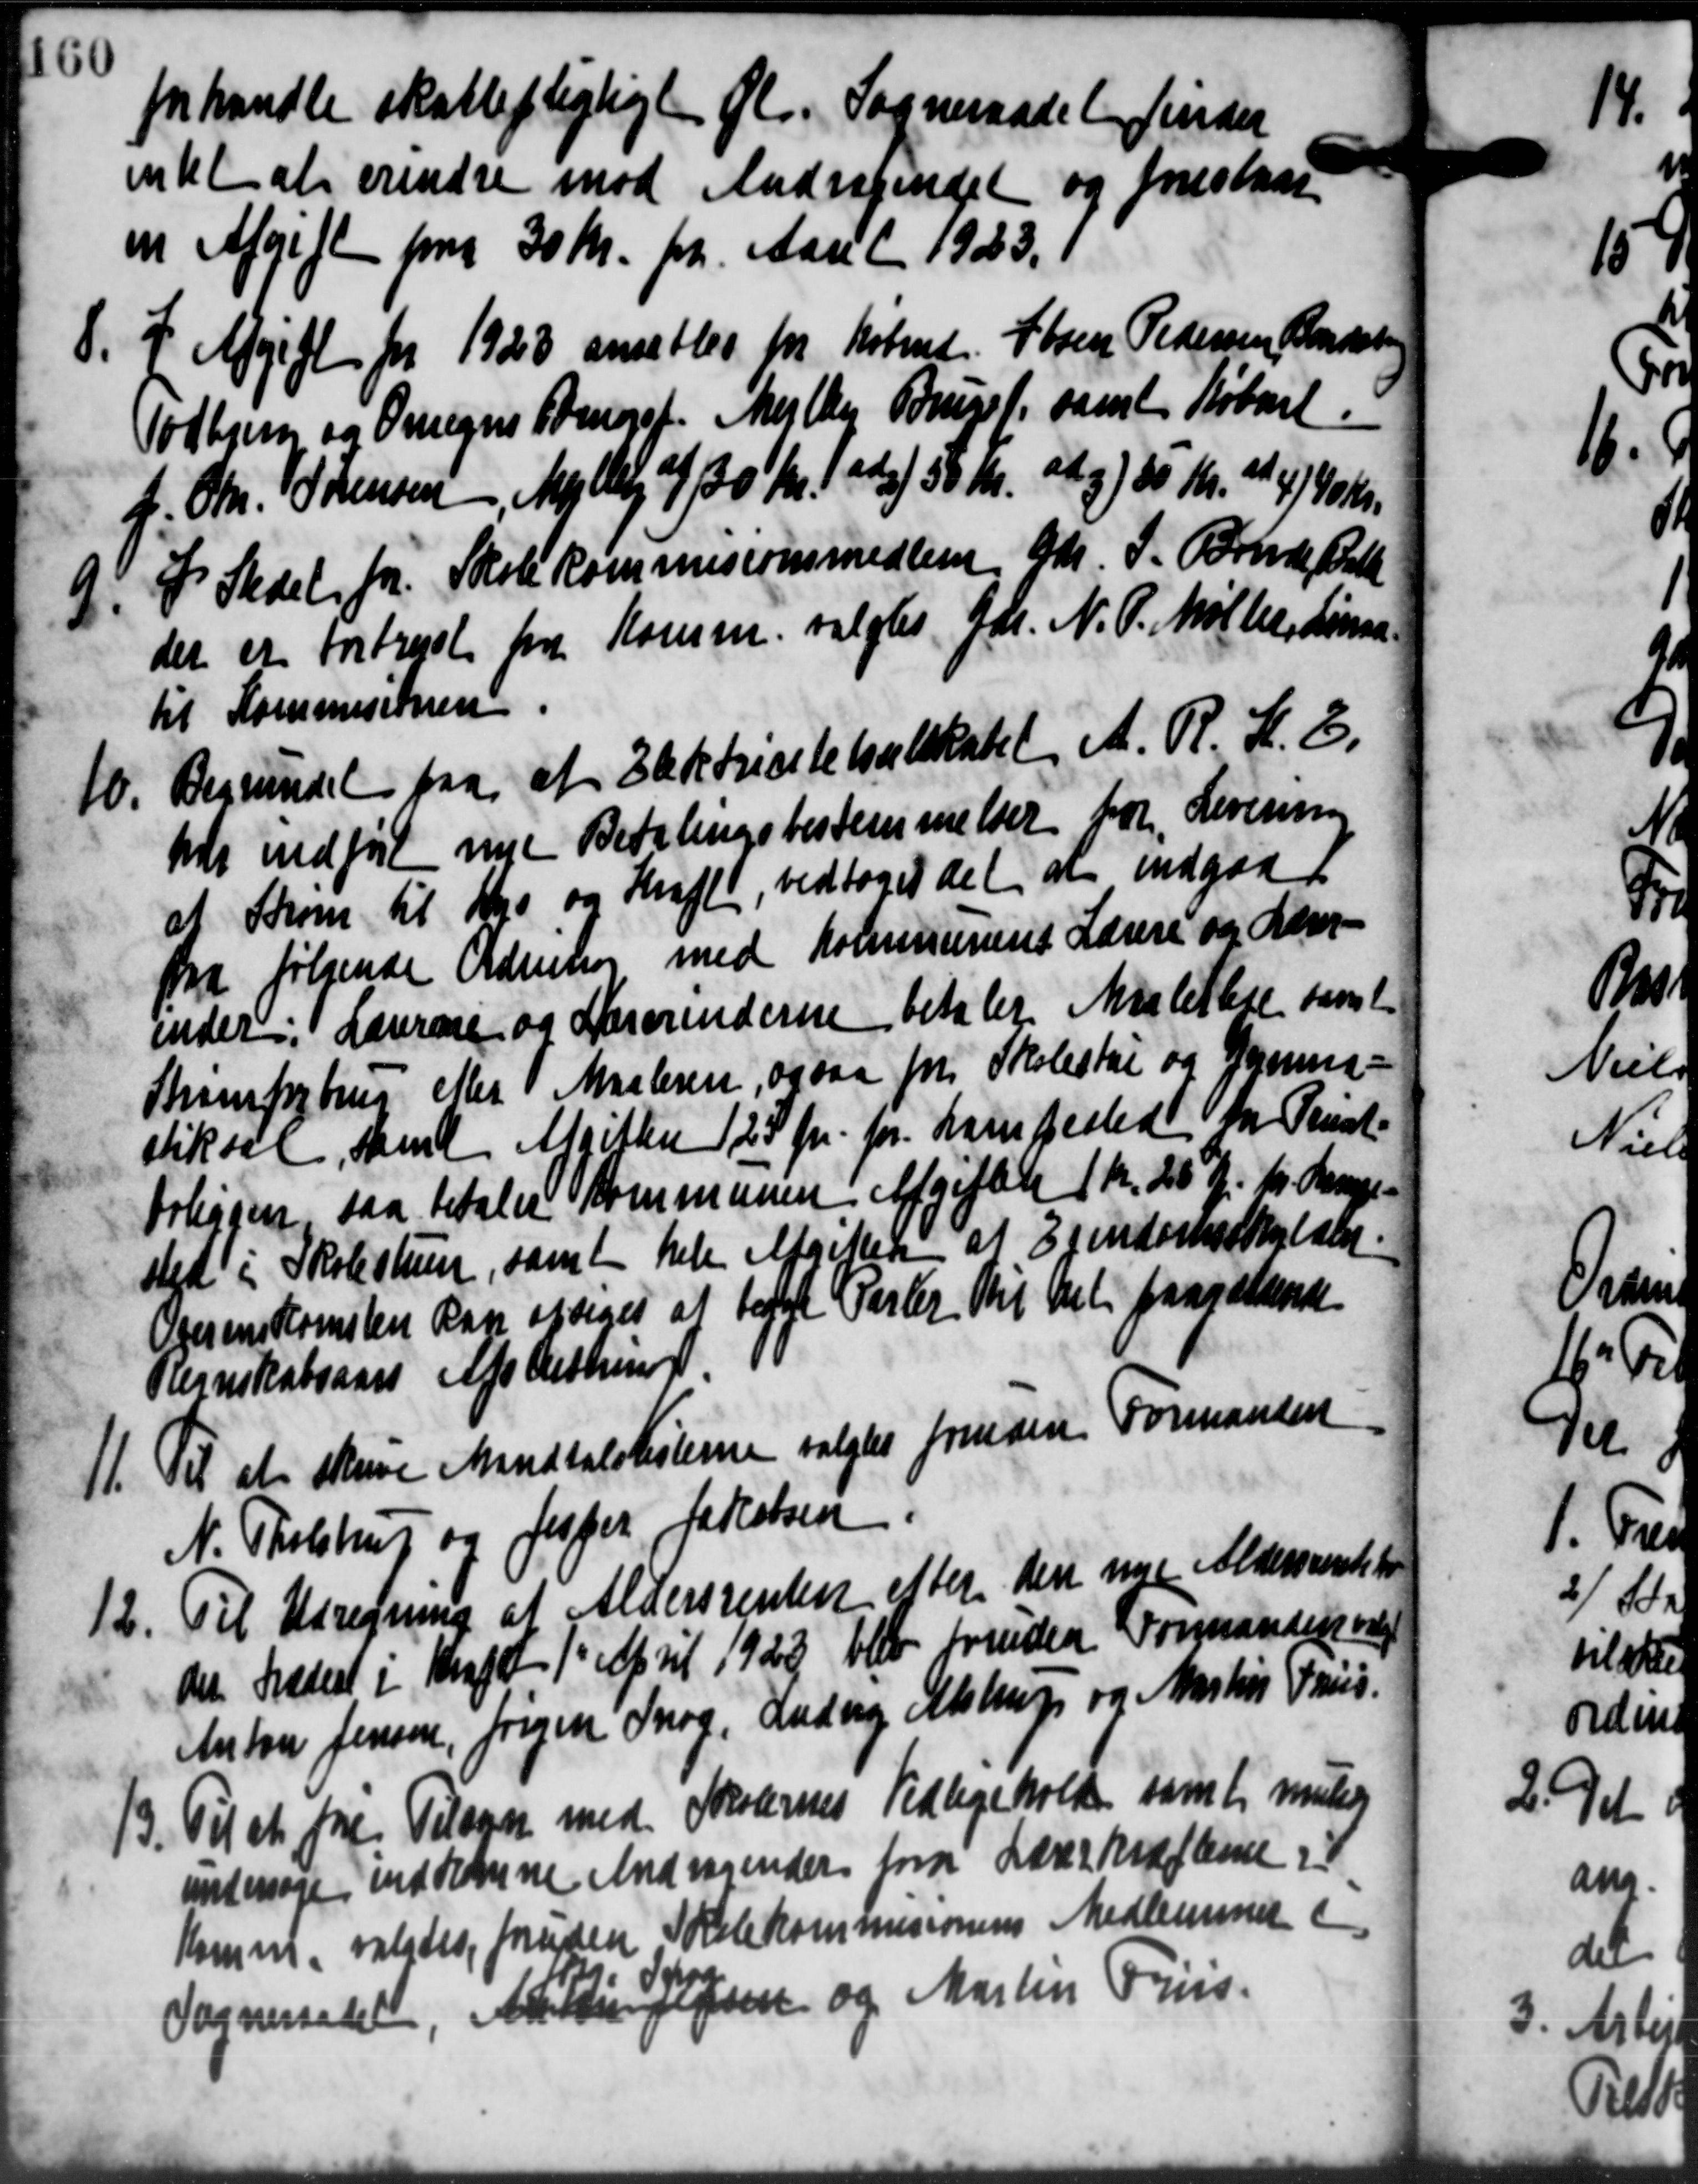
Transskription:
forhandle skattepligtigt gl. Sogneraadet finder
intet at erindre mod Andragendet og forestaae
en Afgift paa 30 Kr. fra Aaret 1923. 1
8. I Afgift for 1928 ansættes for Købmd Søren Pedersen Randet
8. I Afgift for 1928 ansættes for Købmd Søren Pedersen Randet
Todhjem og Omegns Lomonsf. Skelby Bruget, samt Købet.
f. Chr. Sørensen, Mejlby af 30 Kr. ad 58 Kr. ad g) 25 Kr. 414,40 Kr.
9. S. Stedel for Skolekommisionsmedlem Gdr. J. Brende Balk
9. S. Stedel for Skolekommisionsmedlem Gdr. J. Brende Balk
der er fortrejst fra Komm. valgtes Gdr. N. P. Møller, Linaa
til Kommisionen
Begrundet paa at Elektricitetselskabet A. R. K. E.
10.
har indført nye Betalingsbestemmelser for Levering
at Strom til Kro og Skraft, vedtoges det at indgaa
fra følgende Ordning med Kommunens Lærere og der
ender i Lærerne og Nærerinderne betaler Malelse samt
Skampstrup Mer Maaleren, ogsaa for Skolestue og Gymna-
stiksal, samt Mitter 125 Kr. pr. Lampested for Prist-
Forliggen saa betaler Kommunen Afgiften 1 Kr. 25 Ø pr Mange-
stet i Skolestuen, samt hele Afgiftelse af Ejendomsskataler.
Overenskomsten kan optoges at taget Parter til det paagældende
Regnskabsaars Afsluttning.
11. Til at skrive Mandtalslisterne valgtes forinden Formanden
N. Tholstrup og Jesper Jakobsen
Til Udregning af Aldersrenten efter den nye Aldersrente t
12.1
det trædest i Kraft 1' April 1923 blev forinden Formanden var
Anton Jensen, Jørgen Snog Anders Alstrup og Martin Pris.
13. Til at fra Tilson med Skolernes Vedligeholde samt meller
13. Til at fra Tilson med Skolernes Vedligeholde samt meller
undersøge indkomne Andragender fra Lærer Kræfterne i 1
Komm. valgtes foruden Skolekommisionens Medlemmer i
Sogneraadet, Ad. Hun Jensen og Martin Friis.